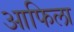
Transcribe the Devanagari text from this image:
आफिला